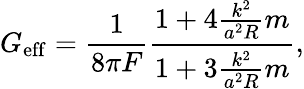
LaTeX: G_{\mathrm{eff}}={\frac{1}{8\pi F}}{\frac{1+4{\frac{k^{2}}{a^{2}R}}m}{1+3{\frac{k^{2}}{a^{2}R}}m}},